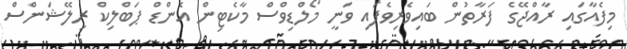
މިފެއާގައި ރާއްޖޭގެ ފަރާތުން ބައިވެރިވެފައި ވަނީ މޯލްޑިވްސް މާކެޓިން އެންޑް ޕަބްލިކް ރިލޭޝަންސް